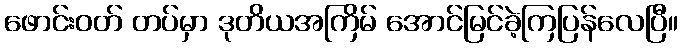
ဖောင်းဝတ် တပ်မှာ ဒုတိယအကြိမ် အောင်မြင်ခဲ့ကြပြန်လေပြီ။